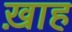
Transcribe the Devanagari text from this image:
ख़ाह